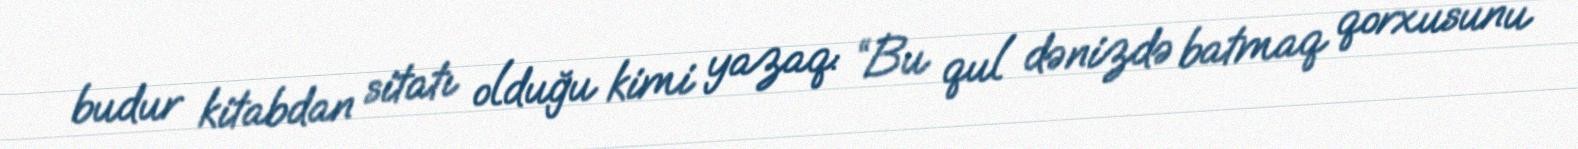
budur kitabdan sitatı olduğu kimi yazaq: “Bu qul dənizdə batmaq qorxusunu